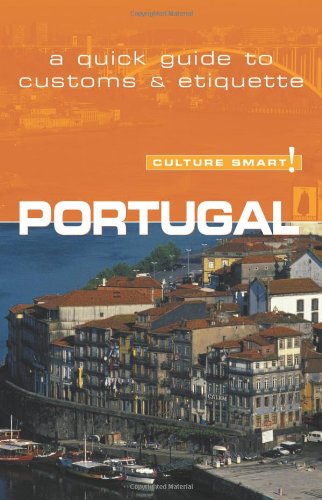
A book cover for Portugal - Culture Smart!: a quick guide to customs & etiquette; Sandy Guedes de Queiroz; Travel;